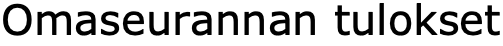
Omaseurannan tulokset